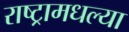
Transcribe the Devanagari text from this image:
राष्ट्रामधल्या